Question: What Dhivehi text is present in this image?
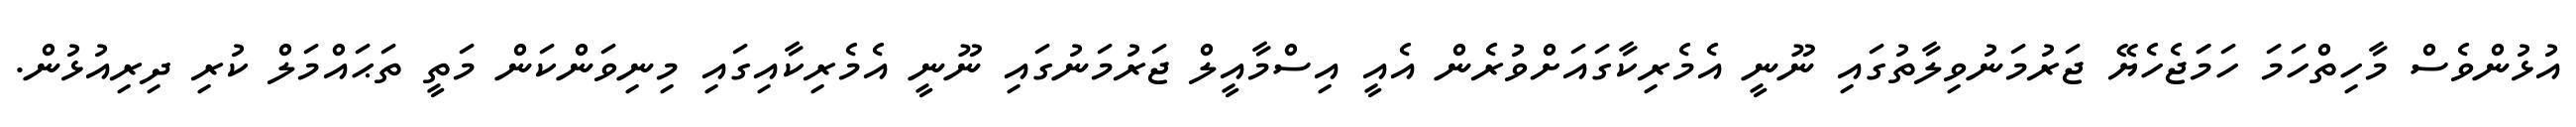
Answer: އުޅުންވެސް މާހިތްހަމަ ހަމަަޖެހެޔޭ ޖަރުމަނުވިލާތުގައި ނޫނީ އެމެރިކާގައަށްވުރެން އެއީ އިސްމާއީލް ޖަރުމަނުގައި ނޫނީ އެމެރިކާއިގައި މިނިވަންކަން މަތީ ތަޙައްމަލް ކުރި ދިރިއުޅުން.